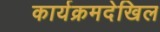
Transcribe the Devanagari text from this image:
कार्यक्रमदेखिल